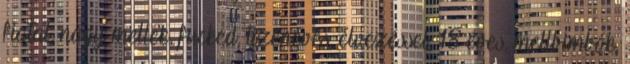
fiatal, nagy mellek, fucked, tizenéves, élvezéssel, 18 éves, mellbimbók,